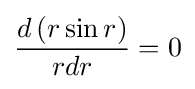
{\frac {d\left(r\sin r\right)}{rdr}}=0